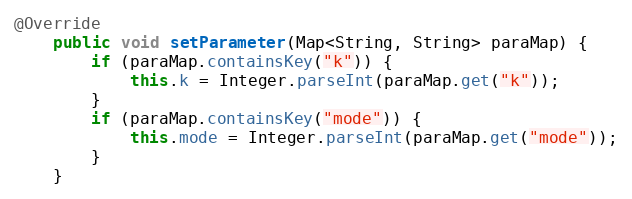
Language: Java
@Override
    public void setParameter(Map<String, String> paraMap) {
        if (paraMap.containsKey("k")) {
            this.k = Integer.parseInt(paraMap.get("k"));
        }
        if (paraMap.containsKey("mode")) {
            this.mode = Integer.parseInt(paraMap.get("mode"));
        }
    }